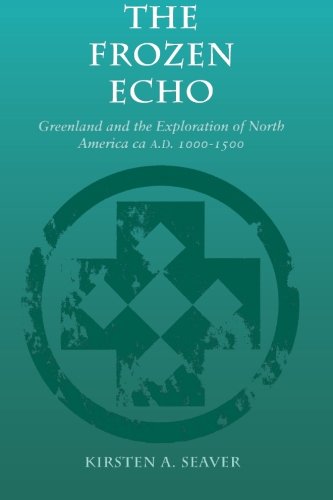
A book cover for The Frozen Echo: Greenland and the Exploration of North America, ca. A.D. 1000-1500; Kirsten Seaver; History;